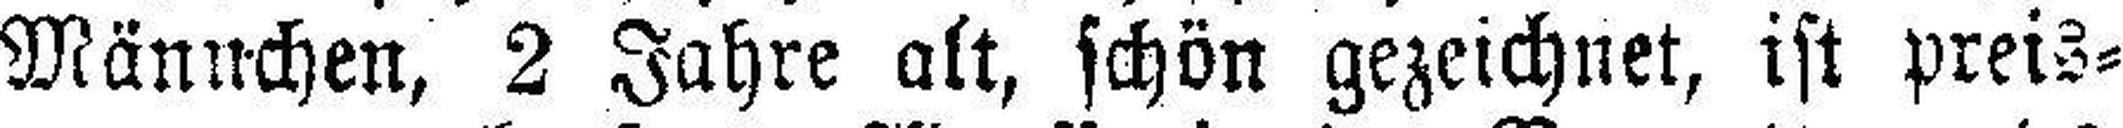
Männchen, 2 Jahre alt, schön gezeichnet, ist preis¬